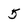
Character: 5